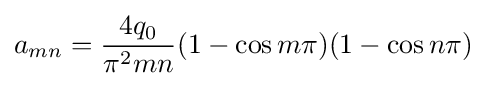
a_{mn}={\frac {4q_{0}}{\pi ^{2}mn}}(1-\cos m\pi )(1-\cos n\pi )